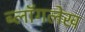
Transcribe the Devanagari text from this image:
ब्लॉगलेख